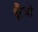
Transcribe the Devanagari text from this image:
क्षैत्रो